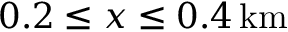
0 . 2 \leq x \leq 0 . 4 \, \mathrm { k m }